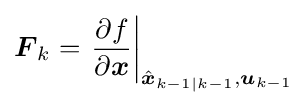
{{\boldsymbol {F}}_{k}}=\left.{\frac {\partial f}{\partial {\boldsymbol {x}}}}\right\vert _{{\hat {\boldsymbol {x}}}_{k-1|k-1},{\boldsymbol {u}}_{k-1}}